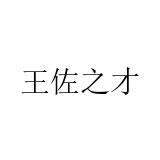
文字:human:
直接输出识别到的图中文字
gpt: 王佐之才